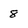
Character: 8